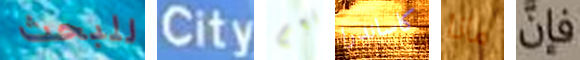
للبحث City نعم كاساندرا ماذا فإن